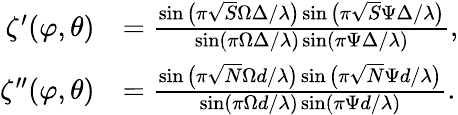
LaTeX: \begin{array}{rl}{\zeta^{\prime}(\varphi,\theta)}&{=\frac{\sin\big(\pi\sqrt{S}\Omega\Delta/\lambda\big)\sin\big(\pi\sqrt{S}\Psi\Delta/\lambda\big)}{\sin\left(\pi\Omega\Delta/\lambda\right)\sin\left(\pi\Psi\Delta/\lambda\right)},}\\ {\zeta^{\prime\prime}(\varphi,\theta)}&{=\frac{\sin\big(\pi\sqrt{N}\Omega d/\lambda\big)\sin\big(\pi\sqrt{N}\Psi d/\lambda\big)}{\sin\left(\pi\Omega d/\lambda\right)\sin\left(\pi\Psi d/\lambda\right)}.}\end{array}